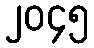
၂၀၄၅